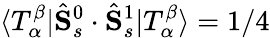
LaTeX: \langle T_{\alpha}^{\beta}|\hat{\mathbf{S}}_{s}^{0}\cdot\hat{\mathbf{S}}_{s}^{1}|T_{\alpha}^{\beta}\rangle=1/4